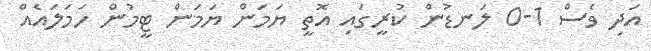
އަދި ވެސް 1-0 ލަނޑުން ކުރީގައި އޮތީ ޔަމަން ޔަމަން ޓީމުން ހަމަލައެއް